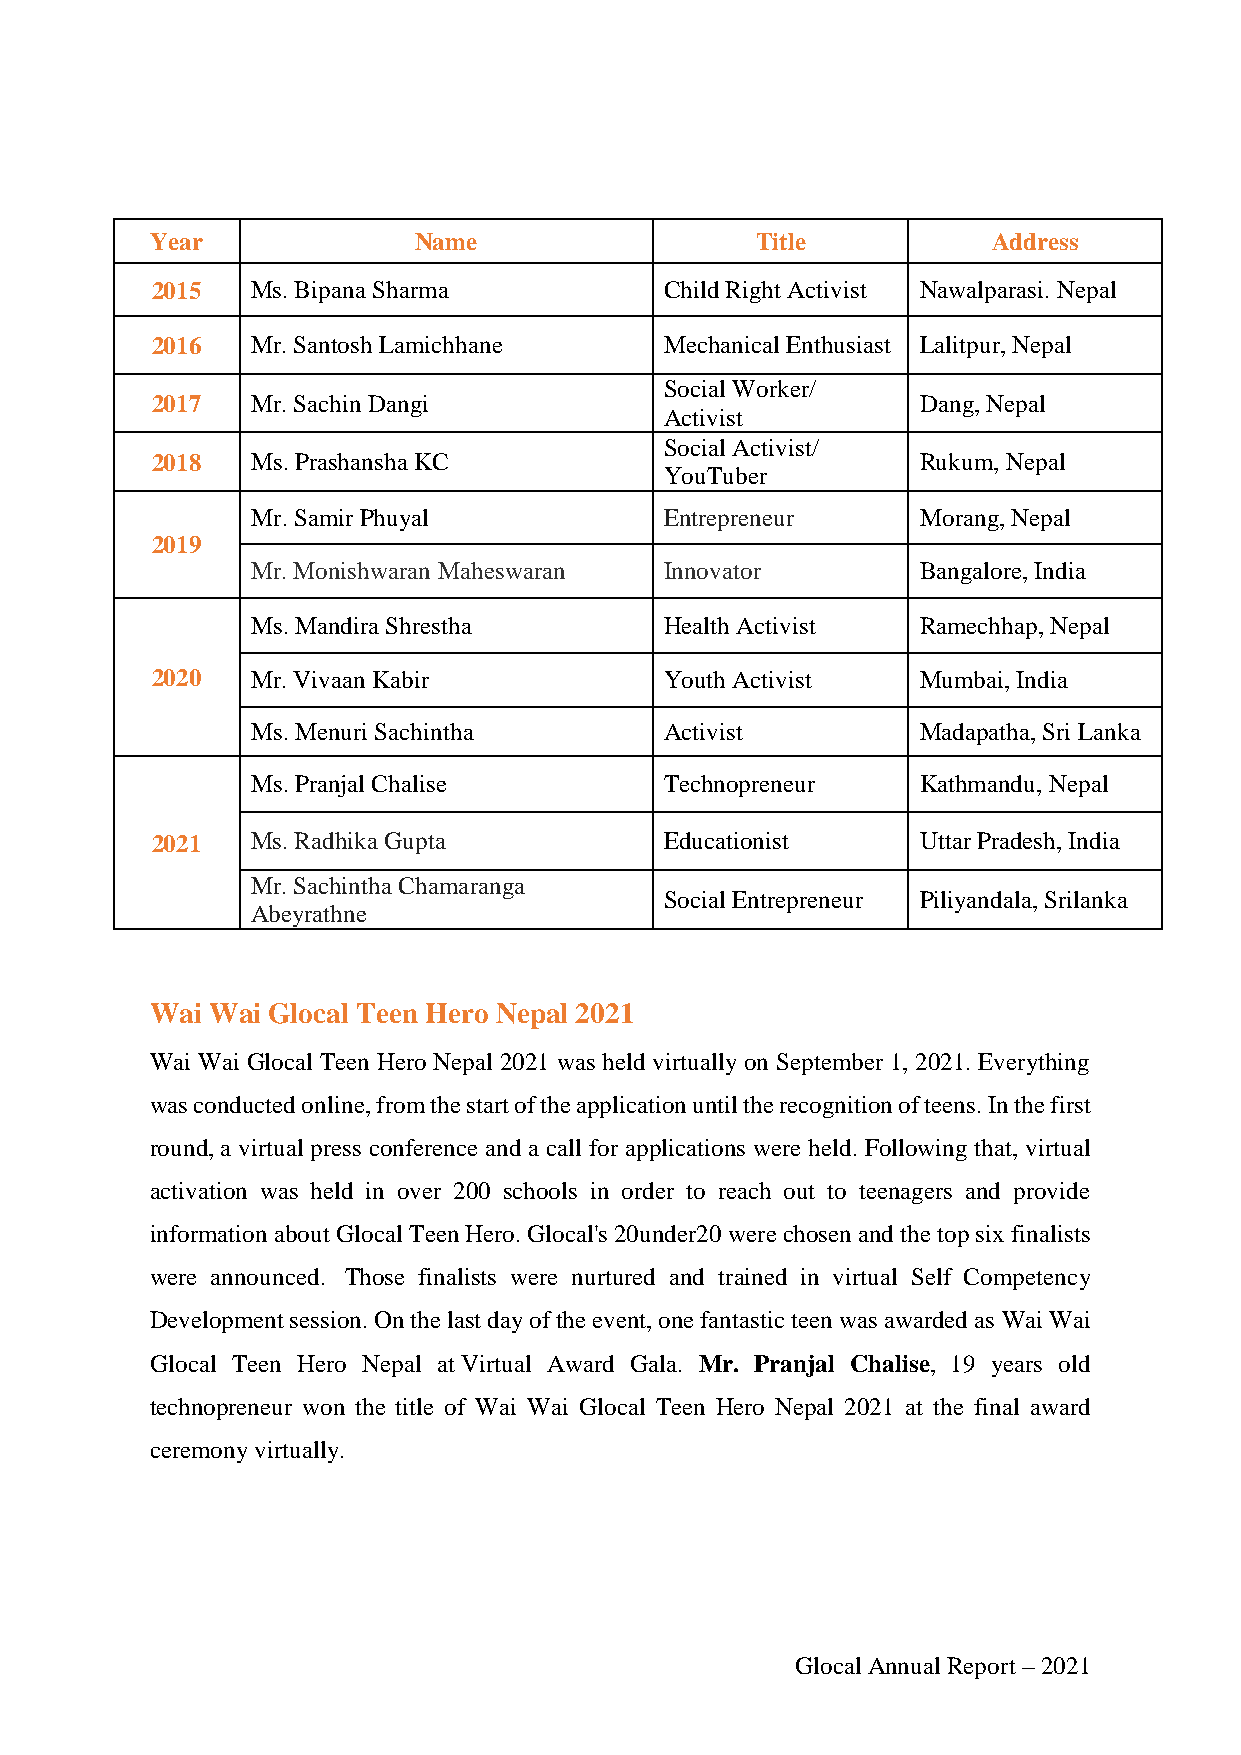
Year             Name                   Title           Address
 2015   Ms. Bipana Sharma          Child Right Activist Nawalparasi. Nepal
 2016   Mr. Santosh Lamichhane     Mechanical Enthusiast Lalitpur, Nepal
 Social Worker/
 2017   Mr. Sachin Dangi                            Dang, Nepal
 Activist
 Social Activist/
 2018   Ms. Prashansha KC                           Rukum, Nepal
 YouTuber
 Mr. Samir Phuyal           Entrepreneur     Morang, Nepal
 2019
 Mr. Monishwaran Maheswaran Innovator        Bangalore, India
 Ms. Mandira Shrestha       Health Activist  Ramechhap, Nepal
 2020   Mr. Vivaan Kabir           Youth Activist   Mumbai, India
 Ms. Menuri Sachintha       Activist         Madapatha, Sri Lanka
 Ms. Pranjal Chalise        Technopreneur    Kathmandu, Nepal
 2021   Ms. Radhika Gupta          Educationist     Uttar Pradesh, India
 Mr. Sachintha Chamaranga
 Social Entrepreneur Piliyandala, Srilanka
 Abeyrathne
 Wai Wai Glocal Teen Hero Nepal 2021
 Wai Wai Glocal Teen Hero Nepal 2021 was held virtually on September 1, 2021. Everything
 was conducted online, from the start of the application until the recognition of teens. In the first
 round, a virtual press conference and a call for applications were held. Following that, virtual
 activation was held in over 200 schools in order to reach out to teenagers and provide
 information about Glocal Teen Hero. Glocal's 20under20 were chosen and the top six finalists
 were announced. Those finalists were nurtured and trained in virtual Self Competency
 Development session. On the last day of the event, one fantastic teen was awarded as Wai Wai
 Glocal Teen Hero Nepal at Virtual Award Gala. Mr. Pranjal Chalise, 19 years old
 technopreneur won the title of Wai Wai Glocal Teen Hero Nepal 2021 at the final award
 ceremony virtually.
 Glocal Annual Report – 2021